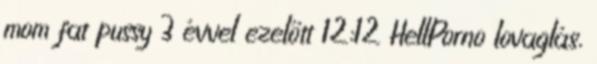
mom fat pussy 3 évvel ezelőtt 12:12 HellPorno lovaglás,